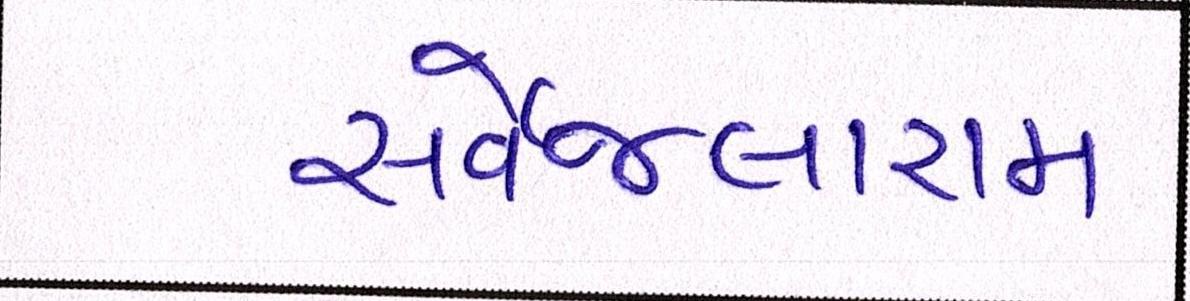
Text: સર્વેજલારામ